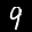
Label: 9